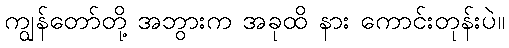
ကျွန်တော်တို့ အဘွားက အခုထိ နား ကောင်းတုန်းပဲ။